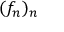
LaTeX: ( f _ { n } ) _ { n }